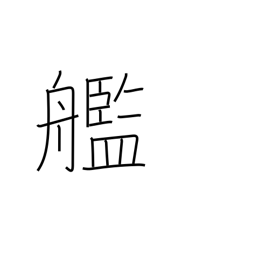
Meaning: warship